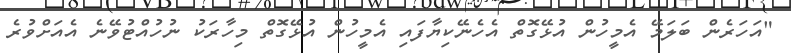
"އަހަރެން ބަލަމޭ އެމީހުން އުޅޭގޮތް އެހެނޭކިޔާފައި އެމީހުން އުޅޭގޮތް މިހާރަކު ނުހުއްޓުވޭނެ އެއަށްވުރެ